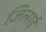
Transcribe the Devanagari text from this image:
ज़िलाई